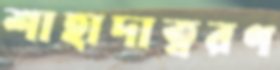
শাহাদাত্বরণ